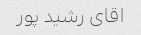
اقای رشید پور